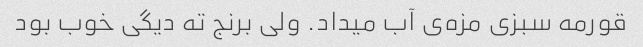
قورمه سبزی مزه‌ی آب میداد. ولی برنج ته دیگی خوب بود